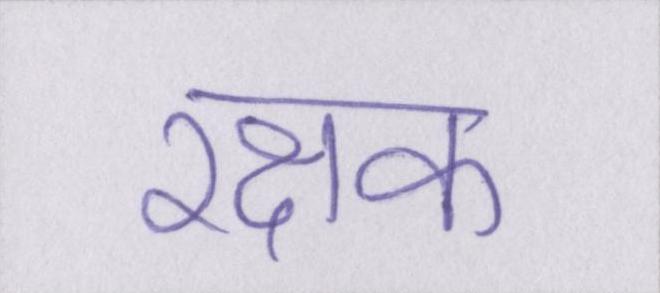
रक्षक